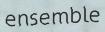
ensemble